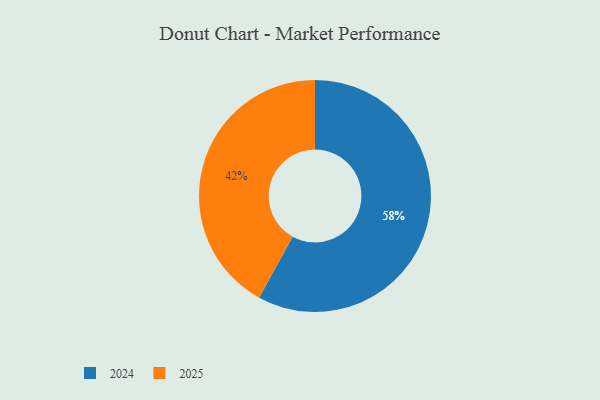
{"axis": {"x": "Category", "y": "Percentage"}, "legend": ["2024", "2025"], "data": [{"x": "2024", "y": 58, "type": "2024"}, {"x": "2025", "y": 42, "type": "2025"}]}